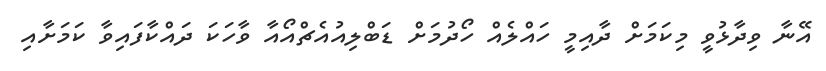
އޭނާ ވިދާޅުވީ މިކަމަށް ދާއިމީ ހައްލެއް ހޯދުމަށް ޑަބްލިއުއެޗްއޯއާ ވާހަކަ ދައްކާފައިވާ ކަމަށާއި